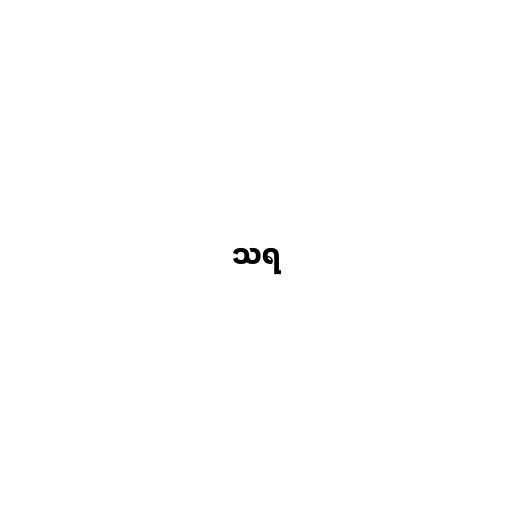
သရ